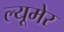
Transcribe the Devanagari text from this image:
ल्यूमेर